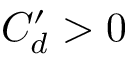
C _ { d } ^ { \prime } > 0